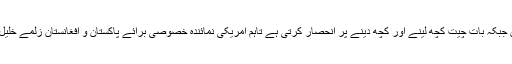
امریکا سے بات چیت کا آغاز اچھی شروعات ہیں جبکہ بات چیت کچھ لینے اور کچھ دینے پر انحصار کرتی ہے تاہم امریکی نمائندہ خصوصی برائے پاکستان و افغانستان زلمے خلیل زاد کے دورے میں کوئی شرط نہیں رکھی گئی۔